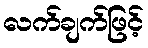
လက်ချက်ဖြင့်